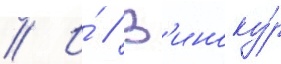
// И́ // В'иноку́р